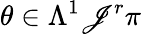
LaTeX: \theta\in\Lambda^{1}\mathscr{J}^{r}\pi